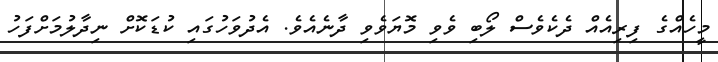
މީހެއްގެ ފިރިއެއް ދެކެވެސް ލޯބި ވެވި މޮޔަވެވި ދާނެއެވެ. އެދުވަހުގައި ކުޑަކޮށް ނިދާލުމަށްފަހު